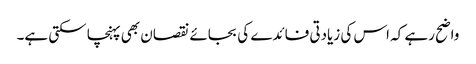
واضح رہے کہ اس کی زیادتی فائدے کی بجائے نقصان بھی پہنچا سکتی ہے۔